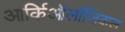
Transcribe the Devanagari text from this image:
आर्किऑलॉजिकल